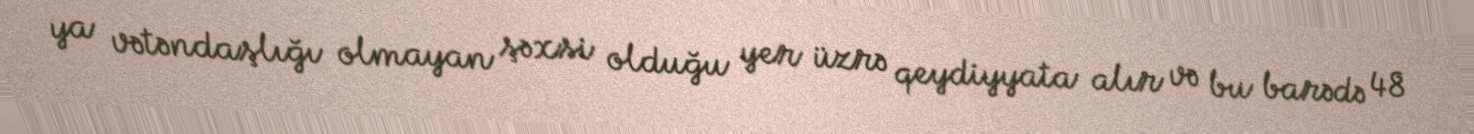
ya vətəndaşlığı olmayan şəxsi olduğu yer üzrə qeydiyyata alır və bu barədə 48